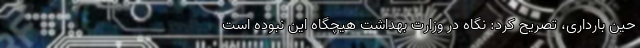
حین بارداری، تصریح کرد: نگاه در وزارت بهداشت هیچگاه این نبوده است